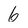
Character: 6